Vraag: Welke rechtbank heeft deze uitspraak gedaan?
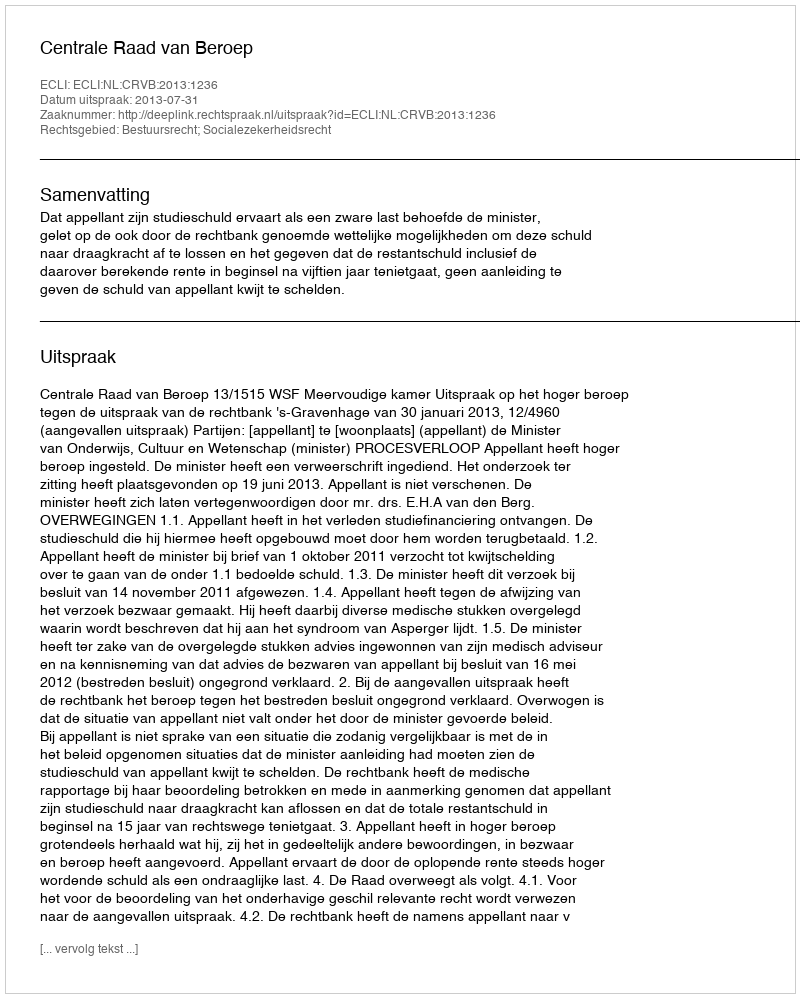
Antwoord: Centrale Raad van Beroep